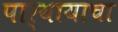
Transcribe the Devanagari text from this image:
पार्यायाचा